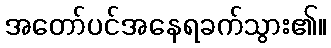
အတော်ပင်အနေရခက်သွား၏။